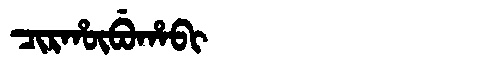
Manchu: ᠴᡳᡵᡥᡡᠪᡠᡥᠠᠪᡳ
Romanization: CIRHŪBUHABI